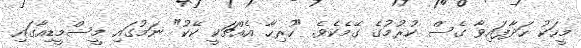
މީހަކު ހަދާފައިވާ ގެސް ކުރުމުގެ ގޭމެކެވެ. "ހުރިހާ އެއްޗަކީ ކޭކު" ނަމުގައި މީސްމީޑިއާގައި